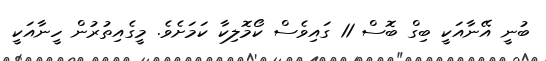
ބުނީ އޭނާއަކީ ބިގް ބޮސް 11 ގައިވެސް ކޯމޮލިކާ ކަމަށެވެ. މީގެއިތުރުން ހީނާއަކީ